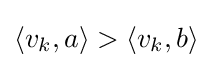
\langle v_{k},a\rangle >\langle v_{k},b\rangle